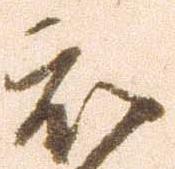
被